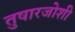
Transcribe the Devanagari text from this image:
तुषारजोशी